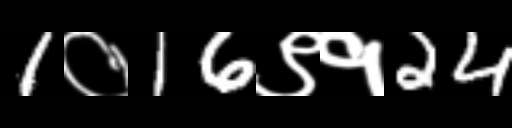
Text: 1०16९१24